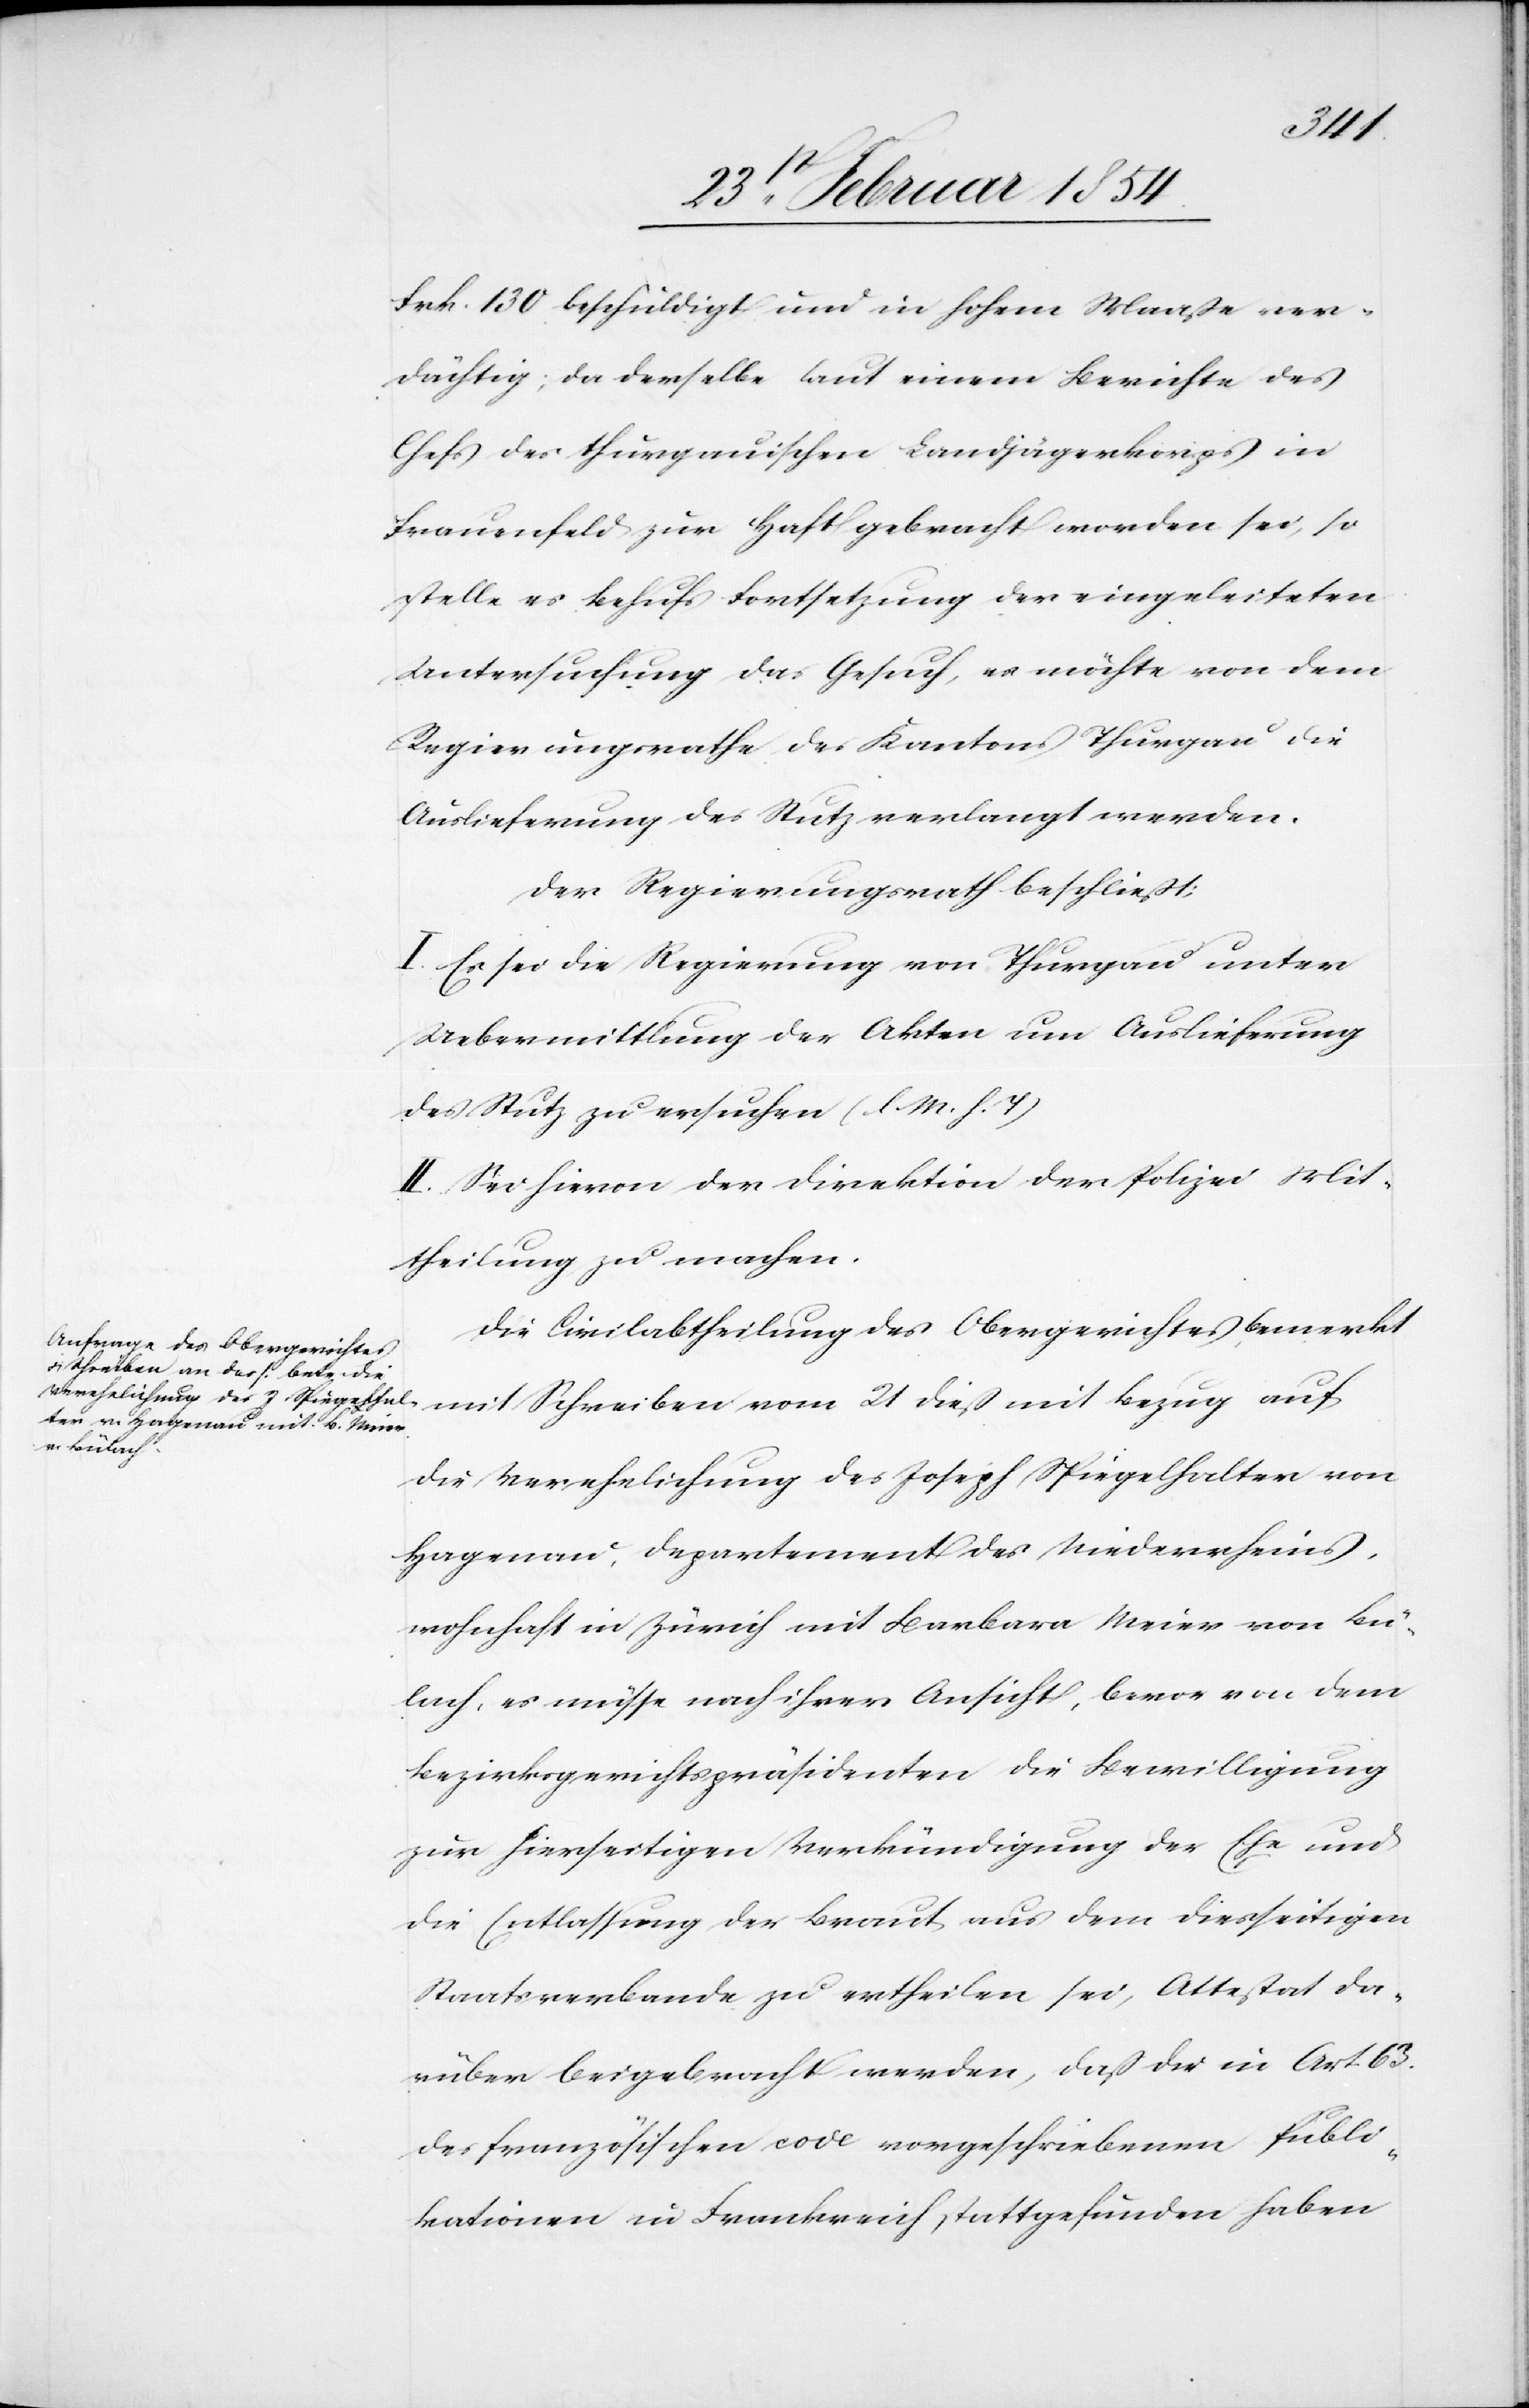
mit
Frk. 130. beschuldigt und in hohem Maaße ver¬
dächtig; da derselbe laut einem Berichtes des
Chefs des thurgauischen Landjägerkorps in
Frauenfeld zur Haft gebracht worden sei, so
stelle es behufs Fortsetzung der eingeleiteten
Untersuchung das Gesuch, es möchte von dem
Regierungsrathe des Kantons Thurgau die
Auslieferung des stutz verlangt werden.
Der Regierungsrath beschließt:
I. Es sei die Regierung von Thurgau unter
Uebermittlung der Akten um Auslieferung
des Stutz zu ersuchen (l. M. h. T.)
II. Sei hievon der Direktion der Polizei Mit¬
theilung zu machen.
Die Civilabtheilung des Obergerichtes bemerkt
die Verehelichung des Joseph Spiegelhalter von
Hagenau, Departement des Niederrheins,
wohnhaft in Zürich mit Barbara Meier von Bü¬
lach, es müsse nach ihrer Ansicht, bevor von dem
Bezirksgerichtspräsidenten die Bewilligung
zur hierseitigen Verkündigung der Ehe und
die Entlassung der Braut aus dem diesseitigen
Staatsverbande zu ertheilen sei, Attestat da¬
rüber beigebracht werden, daß die in Art 63.
des französischen code vorgeschriebenen Publi¬
kationen in Frankreich stattgefunden haben